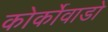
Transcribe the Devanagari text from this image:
कोर्कोवाडो